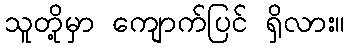
သူတို့မှာ ကျောက်ပြင် ရှိလား။